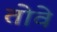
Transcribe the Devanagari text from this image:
तोवे